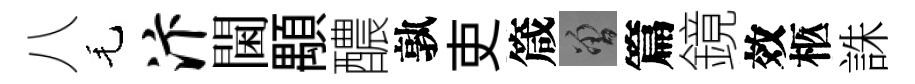
八毛汴閫顒醲孰吏箴曾篇鏡效柩誅